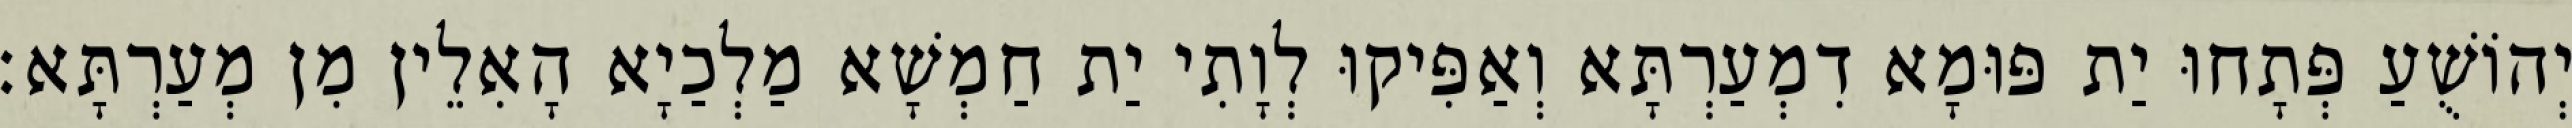
יְהוֹשֻׁעַ פְּתָחוּ יַת פּוּמָא דִמְעַרְתָּא וְאַפִּיקוּ לְוָתִי יַת חַמְשָׁא מַלְכַיָא הָאִלֵין מִן מְעַרְתָּא׃